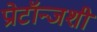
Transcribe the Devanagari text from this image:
प्रोटॉन्जशी